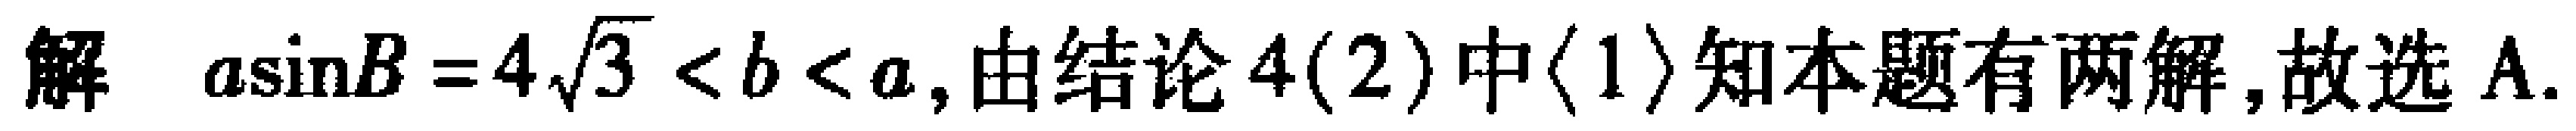
解 \(a\sin B = 4\sqrt{3} < b < a\),由结论4(2)中\(\langle 1\rangle\)知本题有两解,故选A.